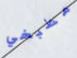
مطبخي